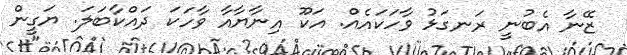
ޒޭނާ އެބުނީ ރަނގަޅު ވާހަކައެއް. އަކޫ އިނާޔާއާ ވާހަކަ ދައްކާބަލަ. ޔަގީން